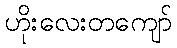
ဟိုးလေးတကျော်